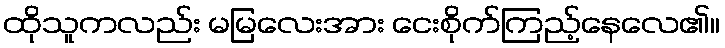
ထိုသူကလည်း မမြလေးအား ငေးစိုက်ကြည့်နေလေ၏။